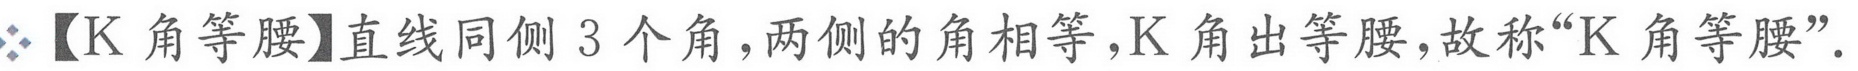
【K角等腰】直线同侧\(3\)个角，两侧的角相等，K角出等腰，故称“K角等腰”.